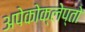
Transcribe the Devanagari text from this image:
अपेकोक्लेप्तो